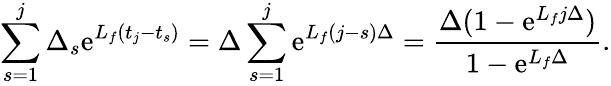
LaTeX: \sum_{s=1}^{j}\Delta_{s}\mathrm{e}^{L_{f}(t_{j}-t_{s})}=\Delta\sum_{s=1}^{j}\mathrm{e}^{L_{f}(j-s)\Delta}=\frac{\Delta(1-\mathrm{e}^{L_{f}j\Delta})}{1-\mathrm{e}^{L_{f}\Delta}}.